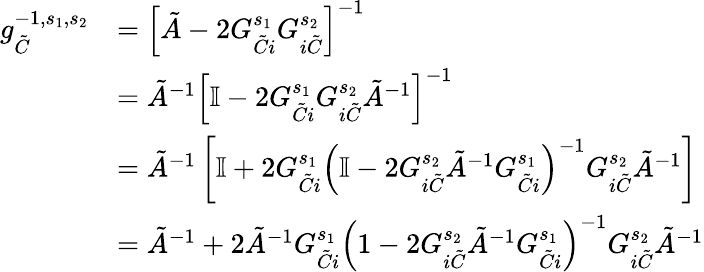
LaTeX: \begin{array}{rl}{g_{\tilde{C}}^{-1,s_{1},s_{2}}}&{=\left[\tilde{A}-2G_{\tilde{C}i}^{s_{1}}G_{i\tilde{C}}^{s_{2}}\right]^{-1}}\\ &{=\tilde{A}^{-1}\left[\mathbb{I}-2G_{\tilde{C}i}^{s_{1}}G_{i\tilde{C}}^{s_{2}}\tilde{A}^{-1}\right]^{-1}}\\ &{=\tilde{A}^{-1}\left[\mathbb{I}+2G_{\tilde{C}i}^{s_{1}}\left(\mathbb{I}-2G_{i\tilde{C}}^{s_{2}}\tilde{A}^{-1}G_{\tilde{C}i}^{s_{1}}\right)^{-1}G_{i\tilde{C}}^{s_{2}}\tilde{A}^{-1}\right]}\\ &{=\tilde{A}^{-1}+2\tilde{A}^{-1}G_{\tilde{C}i}^{s_{1}}\left(1-2G_{i\tilde{C}}^{s_{2}}\tilde{A}^{-1}G_{\tilde{C}i}^{s_{1}}\right)^{-1}G_{i\tilde{C}}^{s_{2}}\tilde{A}^{-1}}\end{array}